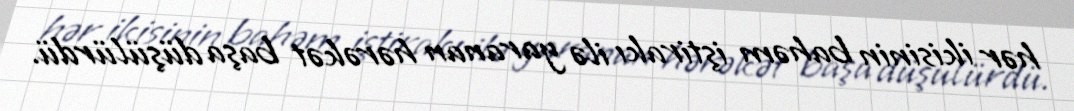
hər ikisinin bahəm iştirakı ilə yaranan hərəkət başa düşülürdü.